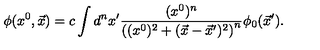
\phi ( x ^ { 0 } , \vec { x } ) = c \int d ^ { n } x ^ { \prime } { \frac { ( x ^ { 0 } ) ^ { n } } { \left( ( x ^ { 0 } ) ^ { 2 } + ( \vec { x } - { \vec { x } } ^ { \prime } ) ^ { 2 } \right) ^ { n } } } \phi _ { 0 } ( { \vec { x } } ^ { \prime } ) .